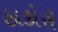
ઠાકોરો